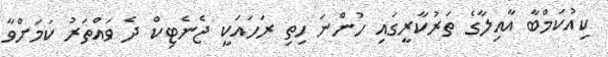
ކިއުކަމްބާ އާއިލާގެ ތަރުކާރީގައި ހުންނަ ހިތި ރަހައަކީ ޖެނެޓިކް ދެ ވައްތަރު ކަމަށްވާ